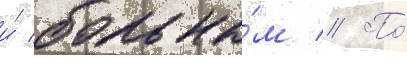
и́ больны́м // По́